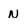
Character: n